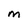
Character: M